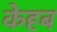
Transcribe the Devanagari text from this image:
केहब